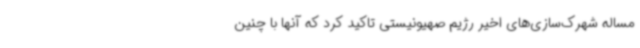
مساله شهرک‌سازی‌های اخیر رژیم صهیونیستی تاکید کرد که آنها با چنین